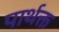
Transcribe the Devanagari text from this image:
पार्थक्त